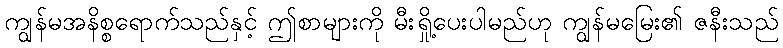
ကျွန်မအနိစ္စရောက်သည်နှင့် ဤစာများကို မီးရှို့ပေးပါမည်ဟု ကျွန်မမြေး၏ ဇနီးသည်